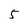
Character: 5